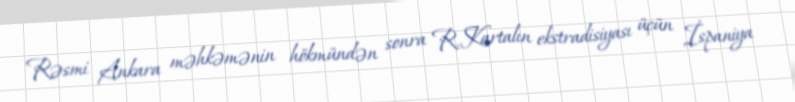
Rəsmi Ankara məhkəmənin hökmündən sonra R.Kartalın ekstradisiyası üçün İspaniya